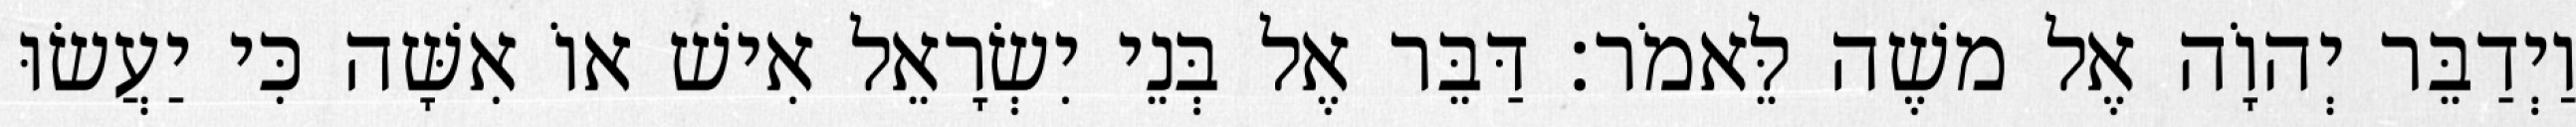
וַיְדַבֵּר יְהוָֹה אֶל משֶׁה לֵּאמֹר׃ דַּבֵּר אֶל בְּנֵי יִשְׂרָאֵל אִישׁ אוֹ אִשָּׁה כִּי יַעֲשׂוּ